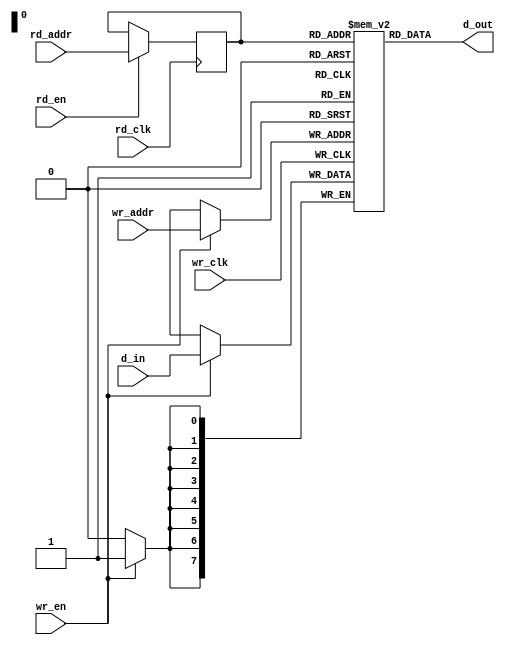
//----------------------------------------------------------------------
//
// This block is uncopyrighted and released into the public domain.
//----------------------------------------------------------------------

module behave2p_mem
  #(parameter width=8,
    parameter depth=256,
    parameter addr_sz=$clog2(depth))
  (/*AUTOARG*/
  // Outputs
  d_out,
  // Inputs
  wr_en, rd_en, wr_clk, rd_clk, d_in, rd_addr, wr_addr
  );
  input        wr_en, rd_en, wr_clk;
  input        rd_clk;
  input [width-1:0] d_in;
  input [addr_sz-1:0] rd_addr, wr_addr;

  output [width-1:0]  d_out;

  reg [addr_sz-1:0] r_addr;

  reg [width-1:0]   array[0:depth-1];
  
  always @(posedge wr_clk)
    begin
      if (wr_en)
        begin
          array[wr_addr] <= #1 d_in;
        end
    end

  always @(posedge rd_clk)
    begin
      if (rd_en)
        begin
          r_addr <= #1 rd_addr;
        end
    end // always @ (posedge clk)

  assign d_out = array[r_addr];

endmodule